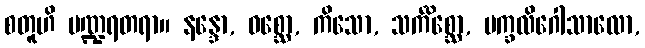
စတူဟိ ပဏ္ဍရတရာ။ နန္ဒော, ဝစ္ဆော, ကိသော, သင်္ကိစ္ဆော, မက္ခလိဂေါသာလော,